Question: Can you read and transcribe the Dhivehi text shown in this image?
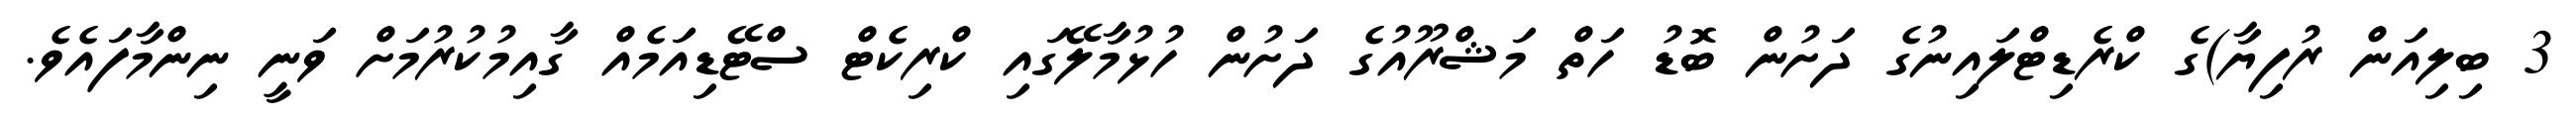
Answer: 3 ބިލިއަން ރުފިޔާ)ގެ ކްރެޑިޓްލައިނުގެ ދަށުން ބޮޑު ހަތް މަޝްރޫއުގެ ދަށުން ހުޅުމާލޭގައި ކްރިކެޓް ސްޓޭޑިއަމެއް ގާއިމުކުރުމަށް ވަނީ ނިންމާފައެވެ.